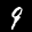
Label: 9